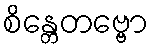
စိန္တေတဗ္ဗော